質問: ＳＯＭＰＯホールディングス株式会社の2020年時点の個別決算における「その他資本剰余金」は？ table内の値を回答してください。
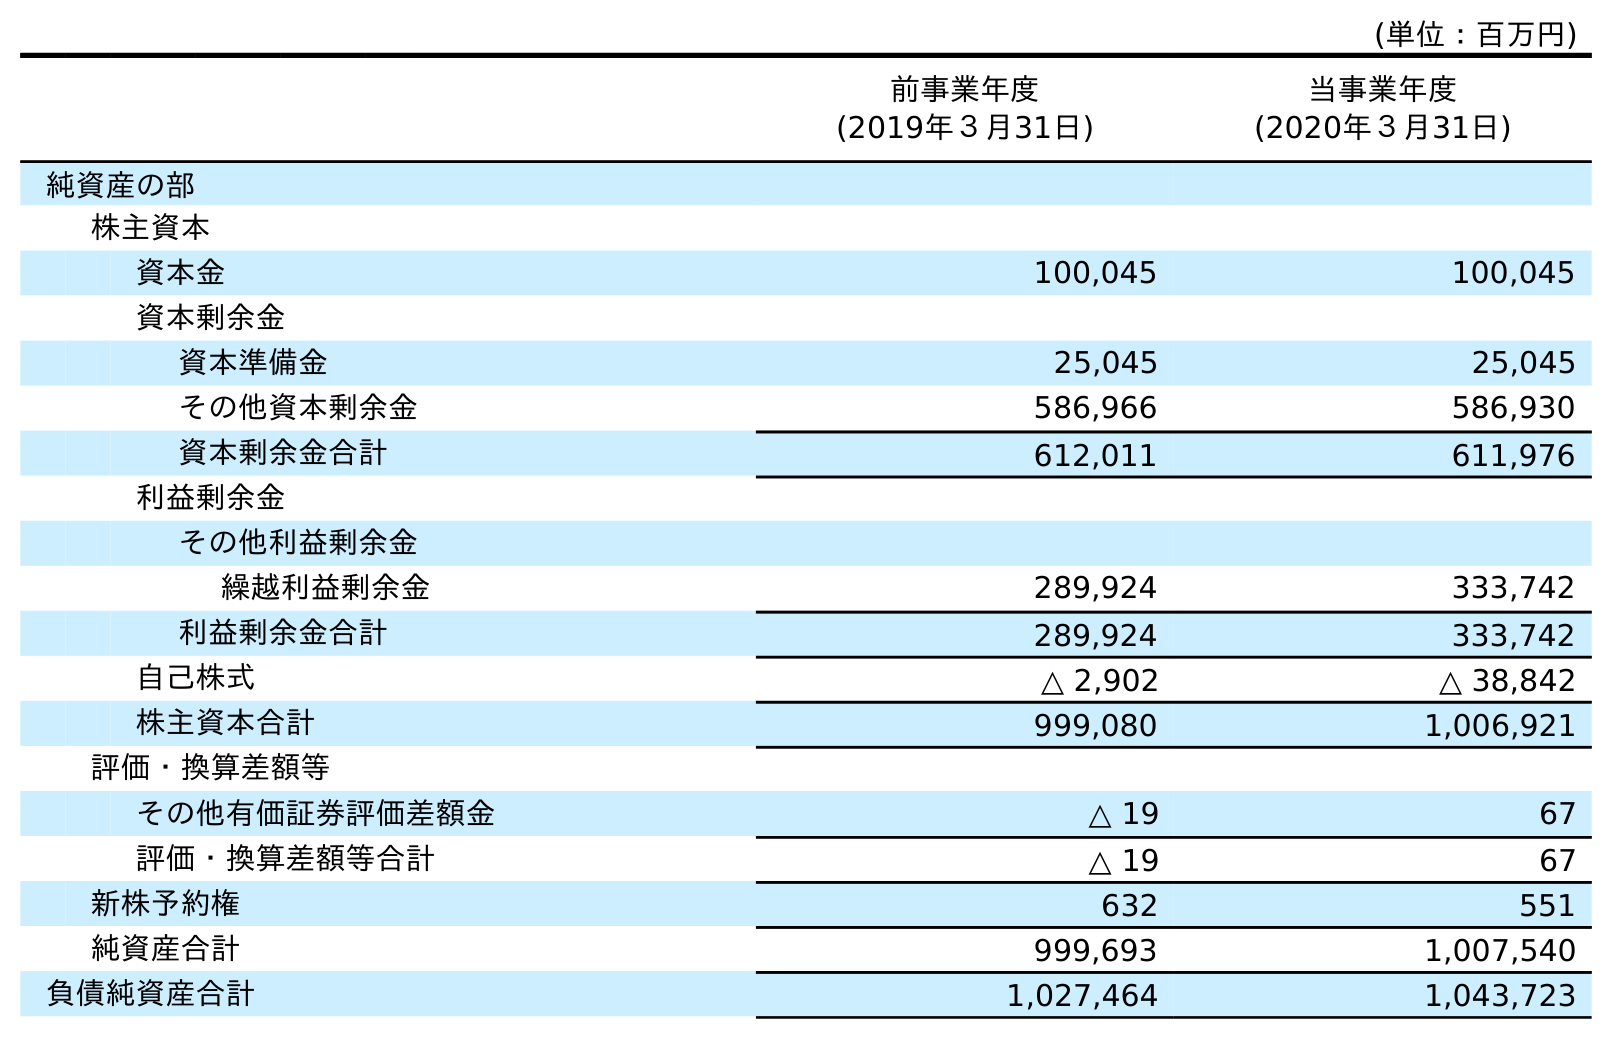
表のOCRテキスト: (単位：百万円) 前事業年度 (2019年３月31日) 当事業年度 (2020年３月31日) 純資産の部 株主資本 資本金 100,045 100,045 資本剰余金 資本準備金 25,045 25,045 その他資本剰余金 586,966 586,930 資本剰余金合計 612,011 611,976 利益剰余金 その他利益剰余金 繰越利益剰余金 289,924 333,742 利益剰余金合計 289,924 333,742 自己株式 △ 2,902 △ 38,842 株主資本合計 999,080 1,006,921 評価・換算差額等 その他有価証券評価差額金 △ 19 67 評価・換算差額等合計 △ 19 67 新株予約権 632 551 純資産合計 999,693 1,007,540 負債純資産合計 1,027,464 1,043,723
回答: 586,930